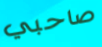
صاحبي